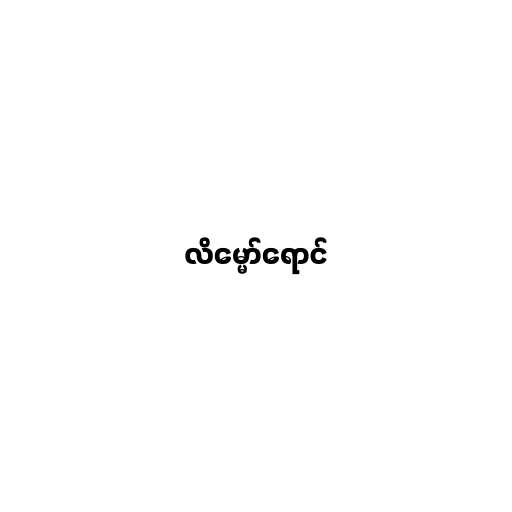
လိမ္မော်ရောင်